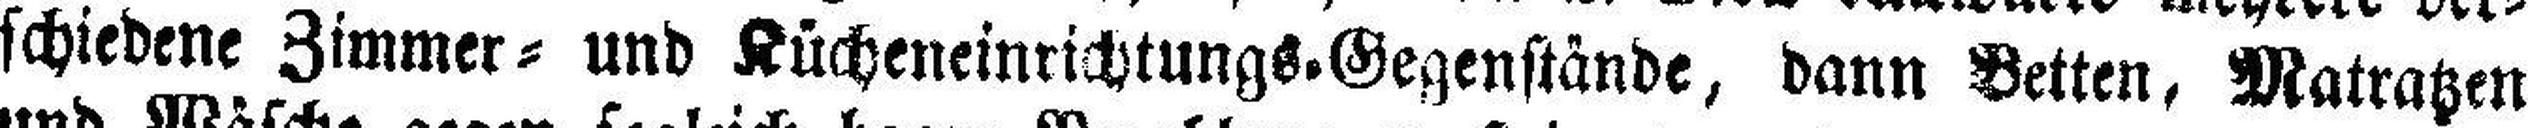
schiedene Zimmer= und Kücheneinrichtungs=Gegenstände, dann Betten, Matratzen